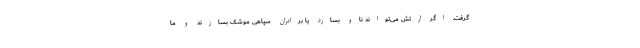
گرفت. اگر ارتش می‌تواند ناو بسازد یا برادران سپاهی موشک بسازند و ما